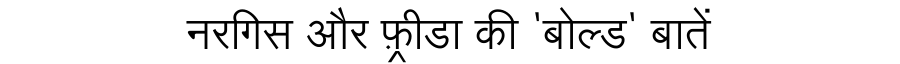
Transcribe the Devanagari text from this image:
नरगिस और फ़्रीडा की 'बोल्ड' बातें